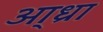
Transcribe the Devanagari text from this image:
आ्ध्रा